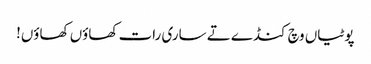
پوٹیاں وچ کنڈے تے ساری رات کھاؤں کھاؤں!